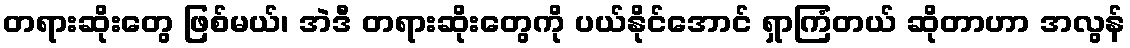
တရားဆိုးတွေ ဖြစ်မယ်၊ အဲဒီ တရားဆိုးတွေကို ပယ်နိုင်အောင် ရှာကြံတယ် ဆိုတာဟာ အလွန်